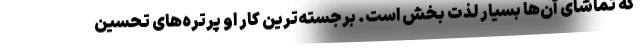
که تماشای آن‌ها بسیار لذت بخش است. برجسته‌ترین کار او پرتره‌های تحسین